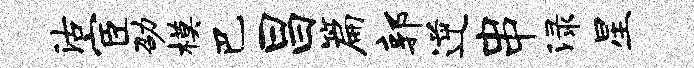
沽宦劭模巴昌篇郭逆串渌星